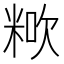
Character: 𥺏